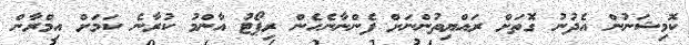
ކޮމިޝަނުން އެދުނު ގޮތަށް ރައްޔިތުންނަށް ފެންނާނެހެން ރިޕޯޓު އާންމު ކުރާނެ ކަމަށް އިމްރާން